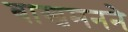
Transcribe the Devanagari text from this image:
बाखमनने